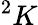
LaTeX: ^{2}K